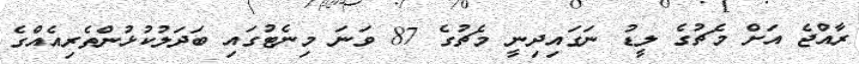
ރާއްޖެ އަށް މެޗުގެ ލީޑު ނަގައިދިނީ މެޗުގެ 87 ވަނަ މިނެޓުގައި ބަދަލުކުޅުންތެރިއެއްގެ